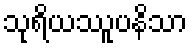
သုရိယဿူပနိသာ